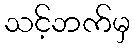
သင့်ဘက်မှ